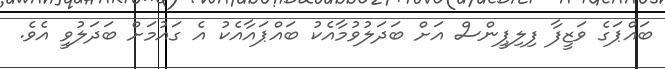
ބައްޕަގެ ވަޒީފާ ފިލިޕީންސް އަށް ބަދަލުވުމާއެކު ބައްޕައާއެކު އެ ގައުމަށް ބަދަލުވީ އެވެ.